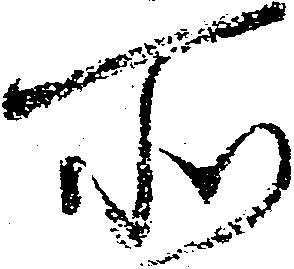
所